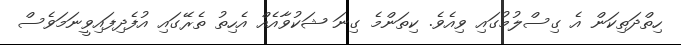
ހިތްދަތިކަން އެ ގިސްލުމުގައި ވިއެވެ. ކިތަންމެ ގިނަ ޝަކުވާއެއް އެހިތު ތެރޭގައި އުފެދިފައިވީނަމަވެސް